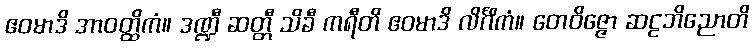
ဧဝမာဒိ အာဝတ္ထိကံ။ ဒဏ္ဍီ ဆတ္တီ သိခီ ကရီတိ ဧဝမာဒိ လိင်္ဂိကံ။ တေဝိဇ္ဇော ဆဠဘိညောတိ